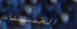
الخمسينات